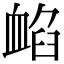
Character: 䘓